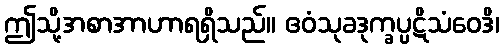
ဤသို့အစာအာဟာရရှိသည်။ ဧဝံသုခဒုက္ခပ္ပဋိသံဝေဒိ၊